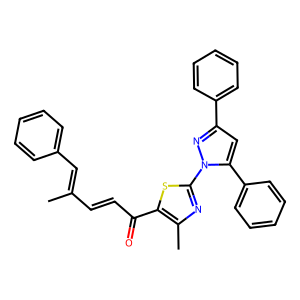
SMILES: CC(C=CC(=O)c1sc(-n2nc(-c3ccccc3)cc2-c2ccccc2)nc1C)=Cc1ccccc1
Inhibits HIV replication: No